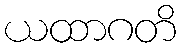
ယထာဂတိ